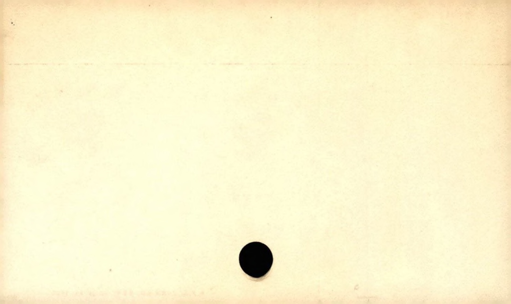
Label: blank